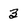
Character: 3